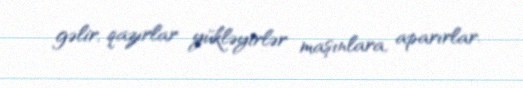
gəlir, qazırlar yükləyirlər maşınlara, aparırlar.